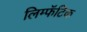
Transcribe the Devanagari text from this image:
लिम्फॅटिक